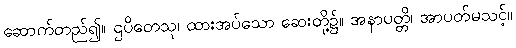
ဆောက်တည်၍။ ဌပိတေသု၊ ထားအပ်သော ဆေးတို့၌။ အနာပတ္တိ၊ အာပတ်မသင့်။